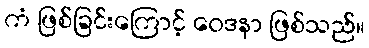
ကံ ဖြစ်ခြင်းကြောင့် ဝေဒနာ ဖြစ်သည်။